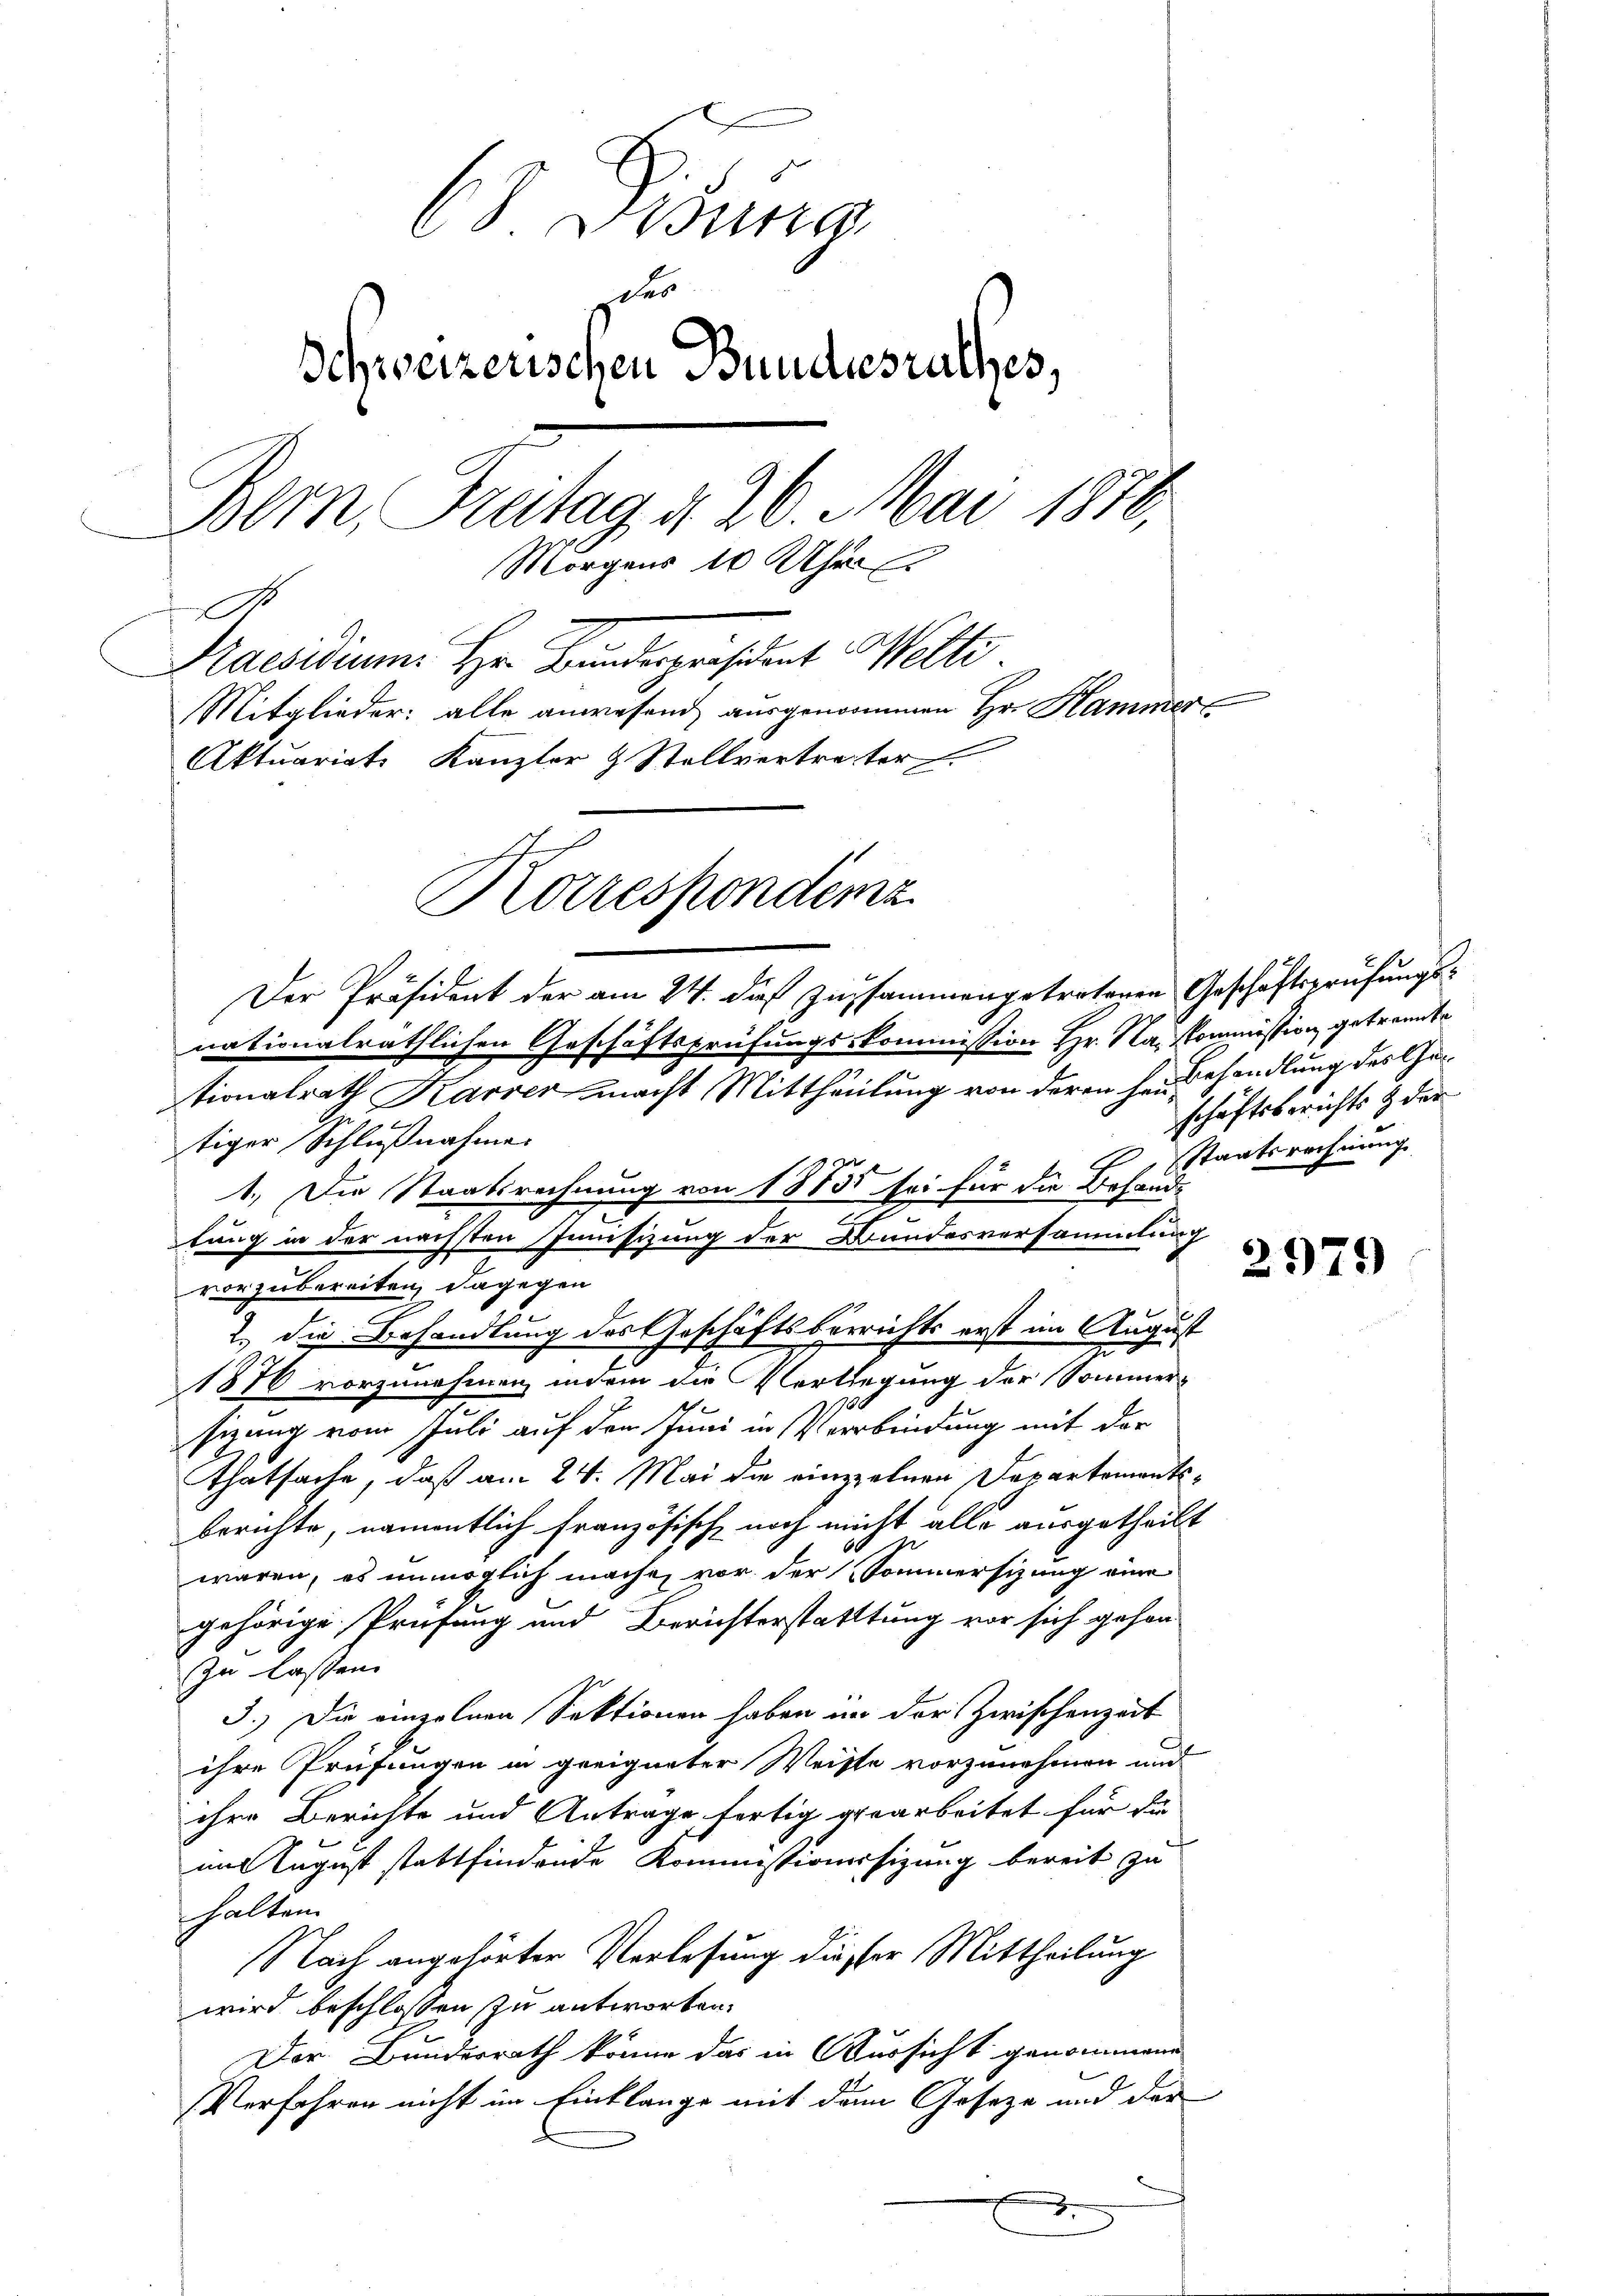
C. Punc
des
Schweizerischen Bundesrathes,
Bern, Gratag d. 26. Mai 1870,
Morgens 10 Uhr
.
Kaesidium Hr. Bundespräsident Welti.
Mitglieder: alle anwesend ausgenommen Hr. Hammer¬
Aktuariats Kanzler & Stellvertragter

Der Präsident der am 24. dieß zusammengetretenen Geschäftsprüfungsnationalräthlichen Geschäftsprüfungs-Kommission Hr. Na, Kommission getrennte

Korrespondenz

tiger Schlußnahme.
1.) Die Staatsrechnung von 1883 sei für die Behande
lung in der nächsten Immissizung der Bundesversammlung
vorzubereiten, dagegen
2.) die Behandlung des Geschäftsberichts erst im August
1876 vorzunehmen, indem die Verlegung der Sommersizung vom Juli auf den Juni in Verbindung mit der
thatsache, daß am 24. Mai die einzelnen Departementsberichte, namentlich französische noch nicht alle ausgetheilt
waren, es unmöglich mache, vor der Sommersizung eine
gehörige Prüfung und Berichterstatttung vor sich gehen
zu lassen.
3.) Die einzelnen Sektionen haben in der Zwischenzeit
ihre Prüfungen in geeigneter Weiste vorzunehmen und
ihre Berichte und Antrage fertig gearbeitet für die
mit August stattfindende Kommissionessizung bereit zu
halten.
Nach angehörter Verlesung dieser Mittheilung
wird beschlossen zu antworten.
Der Bundesrath könne das in Aussicht genommene
Verfahren nicht im Einklange mit dem Geseze und der
.

tionalrath Karrer macht Mittheilung von deren heisshandlung des Ge¬

schäftsberichts & der
Staatsrechnung

2979